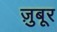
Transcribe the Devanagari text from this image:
ज़ुबूर